Annual administration report of the Civil Veterinary Department of India - 1900-1901
Year: 1900
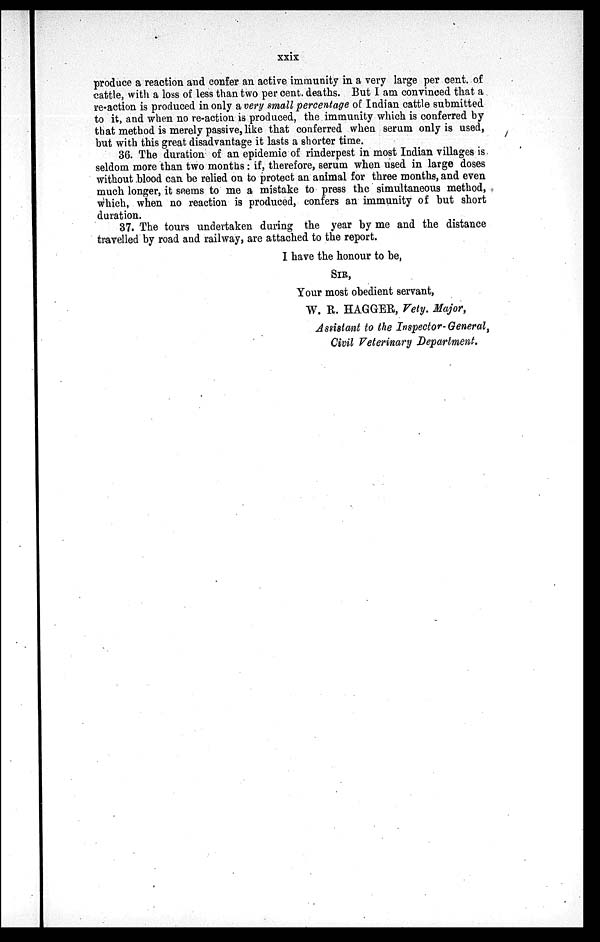
xxix
produce a reaction and confer an active immunity in a very large per cent. of
cattle, with a loss of less than two per cent. deaths. But I am convinced that a
re-action is produced in only a very small percentage of Indian cattle submitted
to it, and when no re-action is produced, the immunity which is conferred by
that method is merely passive, like that conferred when serum only is used,
but with this great disadvantage it lasts a shorter time.
36. The duration of an epidemic of rinderpest in most Indian villages is
seldom more than two months: if, therefore, serum when used in large doses
without blood can be relied on to protect an animal for three months, and even
much longer, it seems to me a mistake to press the simultaneous method,
which, when no reaction is produced, confers an immunity of but short
duration.
37. The tours undertaken during the year by me and the distance
travelled by road and railway, are attached to the report.
I have the honour to be,
SIR,
Your most obedient servant,
W. R. HAGGER, Vety. Major,
Assistant to the Inspector-General,
Civil Veterinary Department.